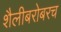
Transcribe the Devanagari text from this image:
शैलीबरोबरच